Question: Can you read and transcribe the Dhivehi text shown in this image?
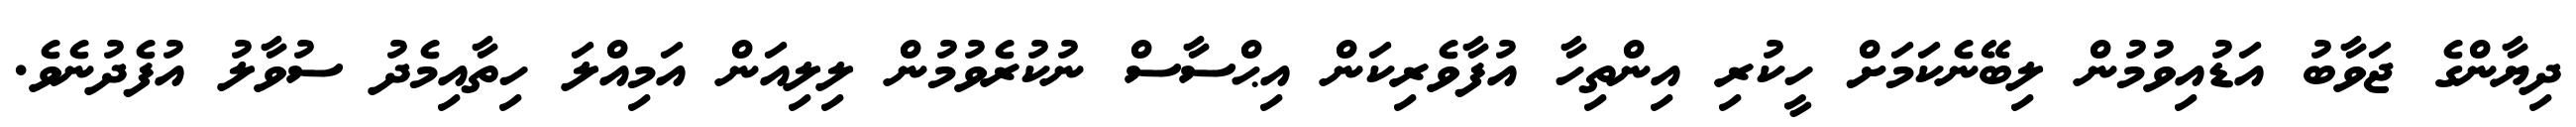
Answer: ދިޔާންގެ ޖަވާބު އަޑުއިވުމުން ލިބޭނެކަމަށް ހީކުރި އިންތިހާ އުފާވެރިކަން އިޙްސާސް ނުކުރެވުމުން ލިލިއަން އަމިއްލަ ހިތާއިމެދު ސުވާލު އުފެދުނެވެ.